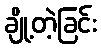
ချို့တဲ့ခြင်း